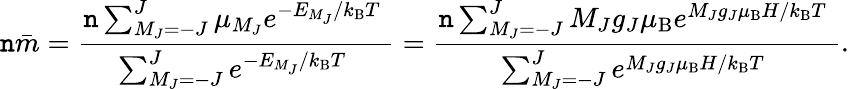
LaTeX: \mathtt{n}{\bar{{m}}}={\frac{{\mathtt{n}\sum_{M_{J}=-J}^{J}{\mu_{M_{J}}e^{{-E_{M_{J}}}/{k_{\mathrm{{B}}}T}\; }}}}{{\sum_{M_{J}=-J}^{J}{e^{{-E_{M_{J}}}/{k_{\mathrm{{B}}}T}\; }}}}}={\frac{{\mathtt{n}\sum_{M_{J}=-J}^{J}{M_{J}g_{J}\mu_{\mathrm{{B}}}e^{{M_{J}g_{J}\mu_{\mathrm{{B}}}H}/{k_{\mathrm{{B}}}T}\; }}}}{{\sum_{M_{J}=-J}^{J}{e^{{M_{J}g_{J}\mu_{\mathrm{{B}}}H}/{k_{\mathrm{{B}}}T}\; }}}}}.